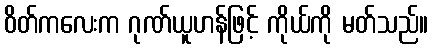
ဝိတ်ကလေးက ဂုဏ်ယူဟန်ဖြင့် ကိုယ်ကို မတ်သည်။